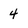
Character: 4